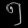
Digit: ၅